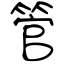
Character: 管